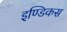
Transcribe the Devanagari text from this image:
इण्डिकस